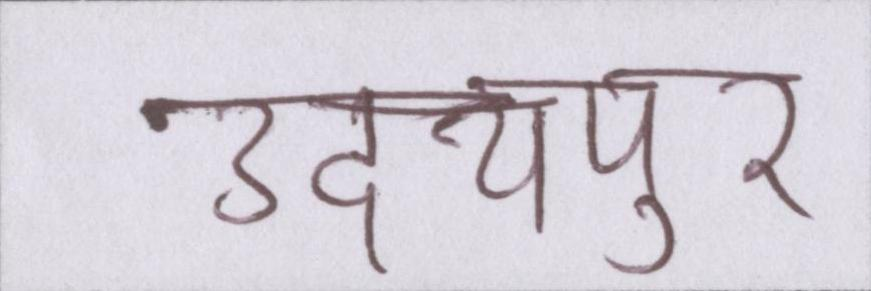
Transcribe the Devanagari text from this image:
उदयपुर